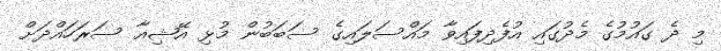
މި ދެ ގައުމުގެ މެދުގައި އުފެދިފައިވާ މައްސަލައިގެ ސަބަބުން މުޅި އޭޝިއާ ސަރަހައްދަށް